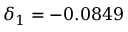
\delta _ { 1 } = - 0 . 0 8 4 9